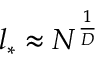
l _ { * } \approx N ^ { \frac { 1 } { D } }